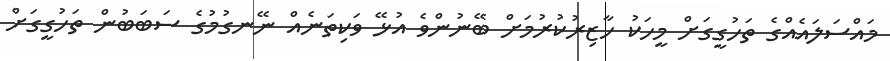
މައްސަލައެއްގެ ތަހުގީގަށް މީހަކު ހާޒިރުކުރުމަށް ބޭނުންވެ އުޅޭ ވަކިތަނެއް ނޭނގުމުގެ ސަބަބުން ތަހުގީގަށް